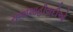
રાજાશાહીવાદીઓ